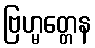
ဗြဟ္မတ္တေန